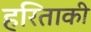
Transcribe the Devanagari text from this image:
हरिताकी